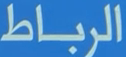
الرباط